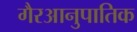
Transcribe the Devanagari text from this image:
गैरआनुपातिक